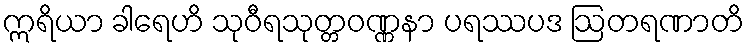
ဣရိယာ ခါရေဟိ သုဝီရသုတ္တဝဏ္ဏနာ ပရဿပဒ ဩတရဏာတိ